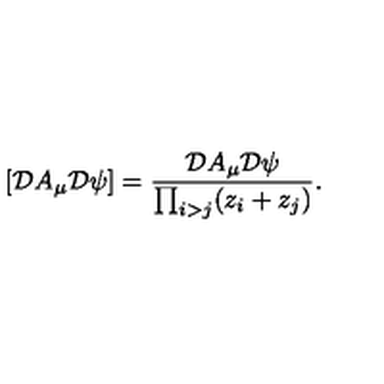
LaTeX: \left[ { \cal D } A _ { \mu } { \cal D } \psi \right] = \frac { { \cal D } A _ { \mu } { \cal D } \psi } { \prod _ { i > j } ( z _ { i } + z _ { j } ) } .